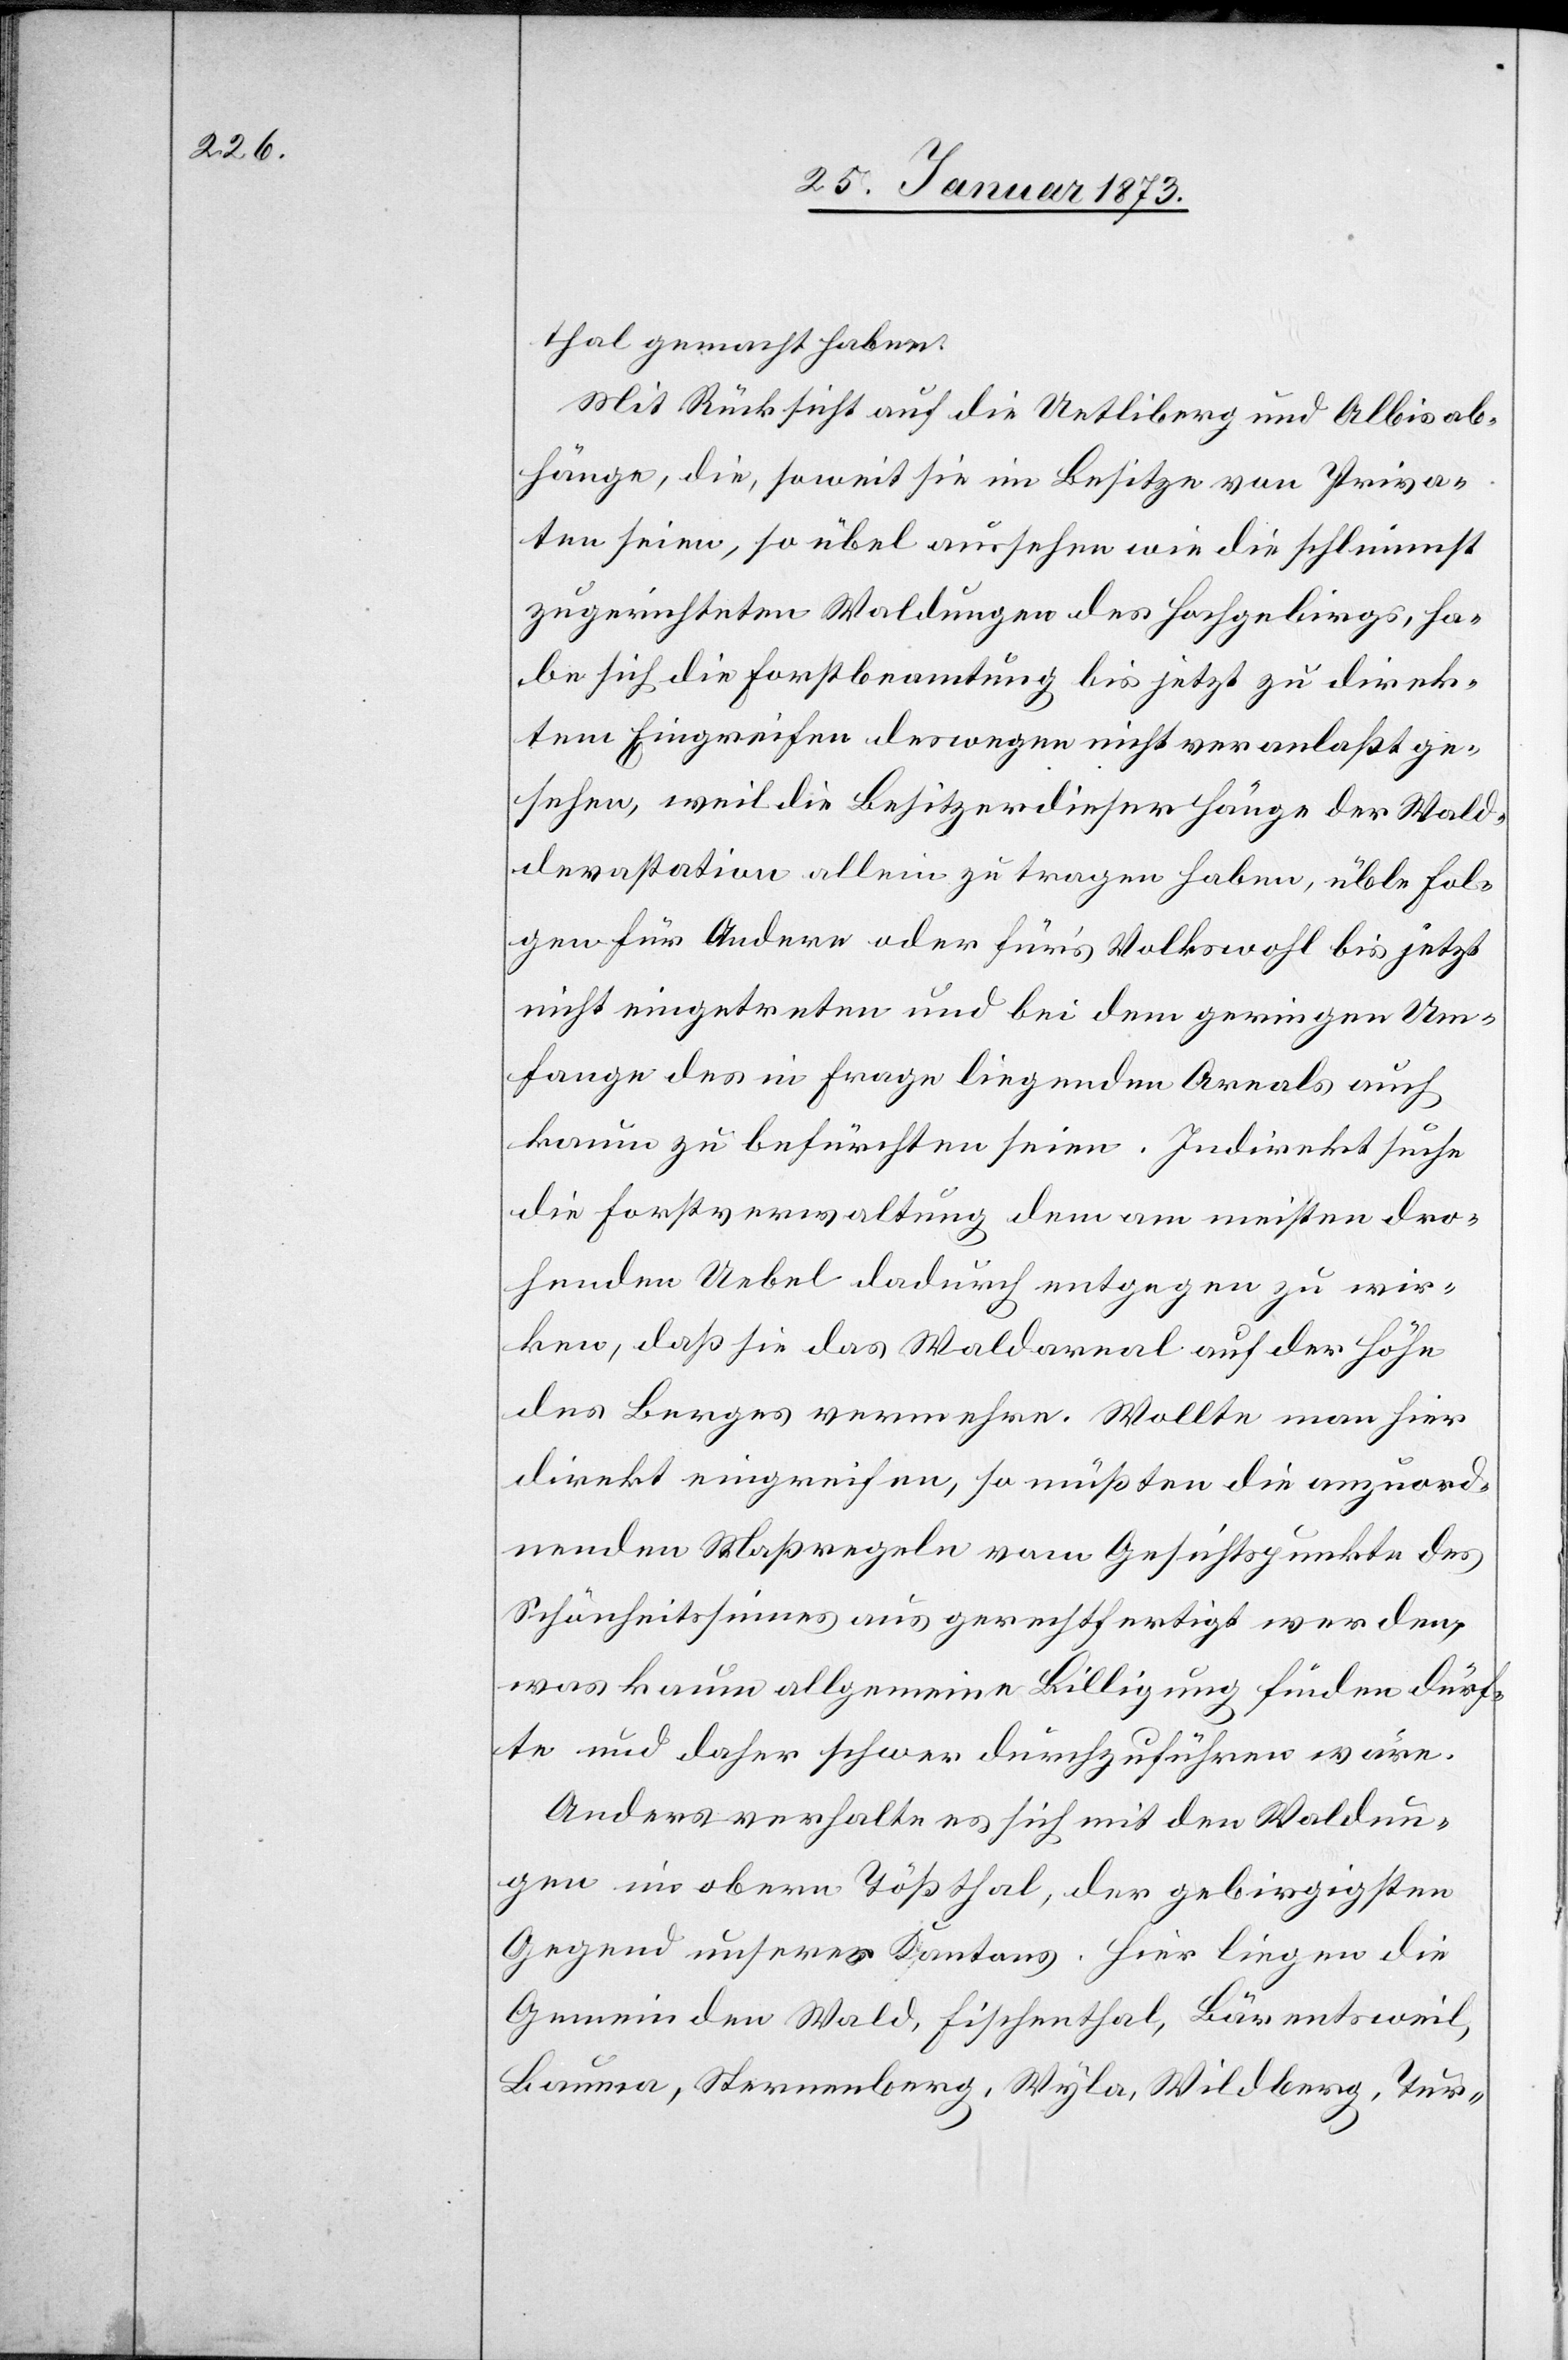
thal gemacht haben.
Mit Rücksicht auf die Uetliberg[-] und Albisab¬
hänge, die, soweit sie im Besitze von Priva¬
ten seien, so übel aussehen wie die schlimmst
zugerichteten Waldungen des Hochgebirgs, ha¬
be sich die Forstbeamtung bis jetzt zu direk¬
tem Eingreifen deswegen nicht veranlaßt ge¬
sehen, weil die Besitzer dieser Hänge der Wald¬
devastation allein zu tragen haben, üble Fol¬
gen für Andere oder für’s Volkswohl bis jetzt
nicht eingetreten und bei dem geringen Um¬
fange des in Frage liegenden Areals auch
kaum zu befürchten seien. Indirekt suche
die Forstverwaltung dem am meisten dro¬
henden Uebel dadurch entgegen zu wir¬
ken, daß sie das Waldareal auf der Höhe
des Berges vermehre. Wollte man hier
direkt eingreifen, so müßten die anzuord¬
nenden Maßregeln vom Gesichtspunkte des
Schönheitssinnes aus gerechtfertigt werden,
was kaum allgemeine Billigung finden dürf¬
te und daher schwer durchzuführen wäre.
Anders verhalte es sich mit den Waldun¬
gen im obern Tößthal, der gebirgigsten
Gegend unseres Kantons. Hier liegen die
Gemeinden Wald, Fischenthal, Bärentsweil,
Bauma, Sternenberg, Wyla, Wildberg, Tur-